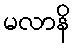
မလာနိ